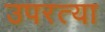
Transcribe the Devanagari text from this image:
उपरत्या